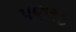
પણ૧૮